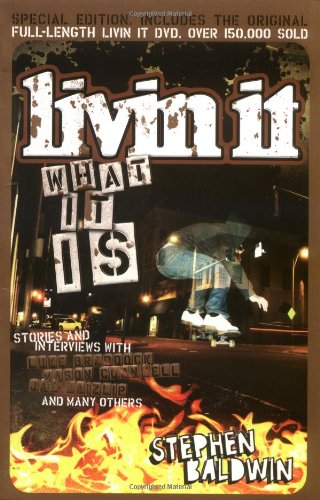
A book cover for Livin It: What It Is; Stephen Baldwin; Teen & Young Adult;